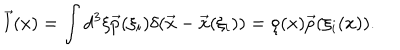
\vec { l } ( x ) = \int d ^ { 3 } \xi \vec { p } ( \xi _ { i } ) \delta ( \vec { x } - \vec { x } ( \xi _ { i } ) ) = \rho ( x ) \vec { p } ( \xi _ { i } ( x ) ) .